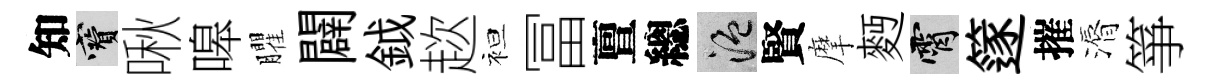
知寶啾嗥臞闢鉞趑袒冨亶總温賢摩麪霄篴摧漘箏